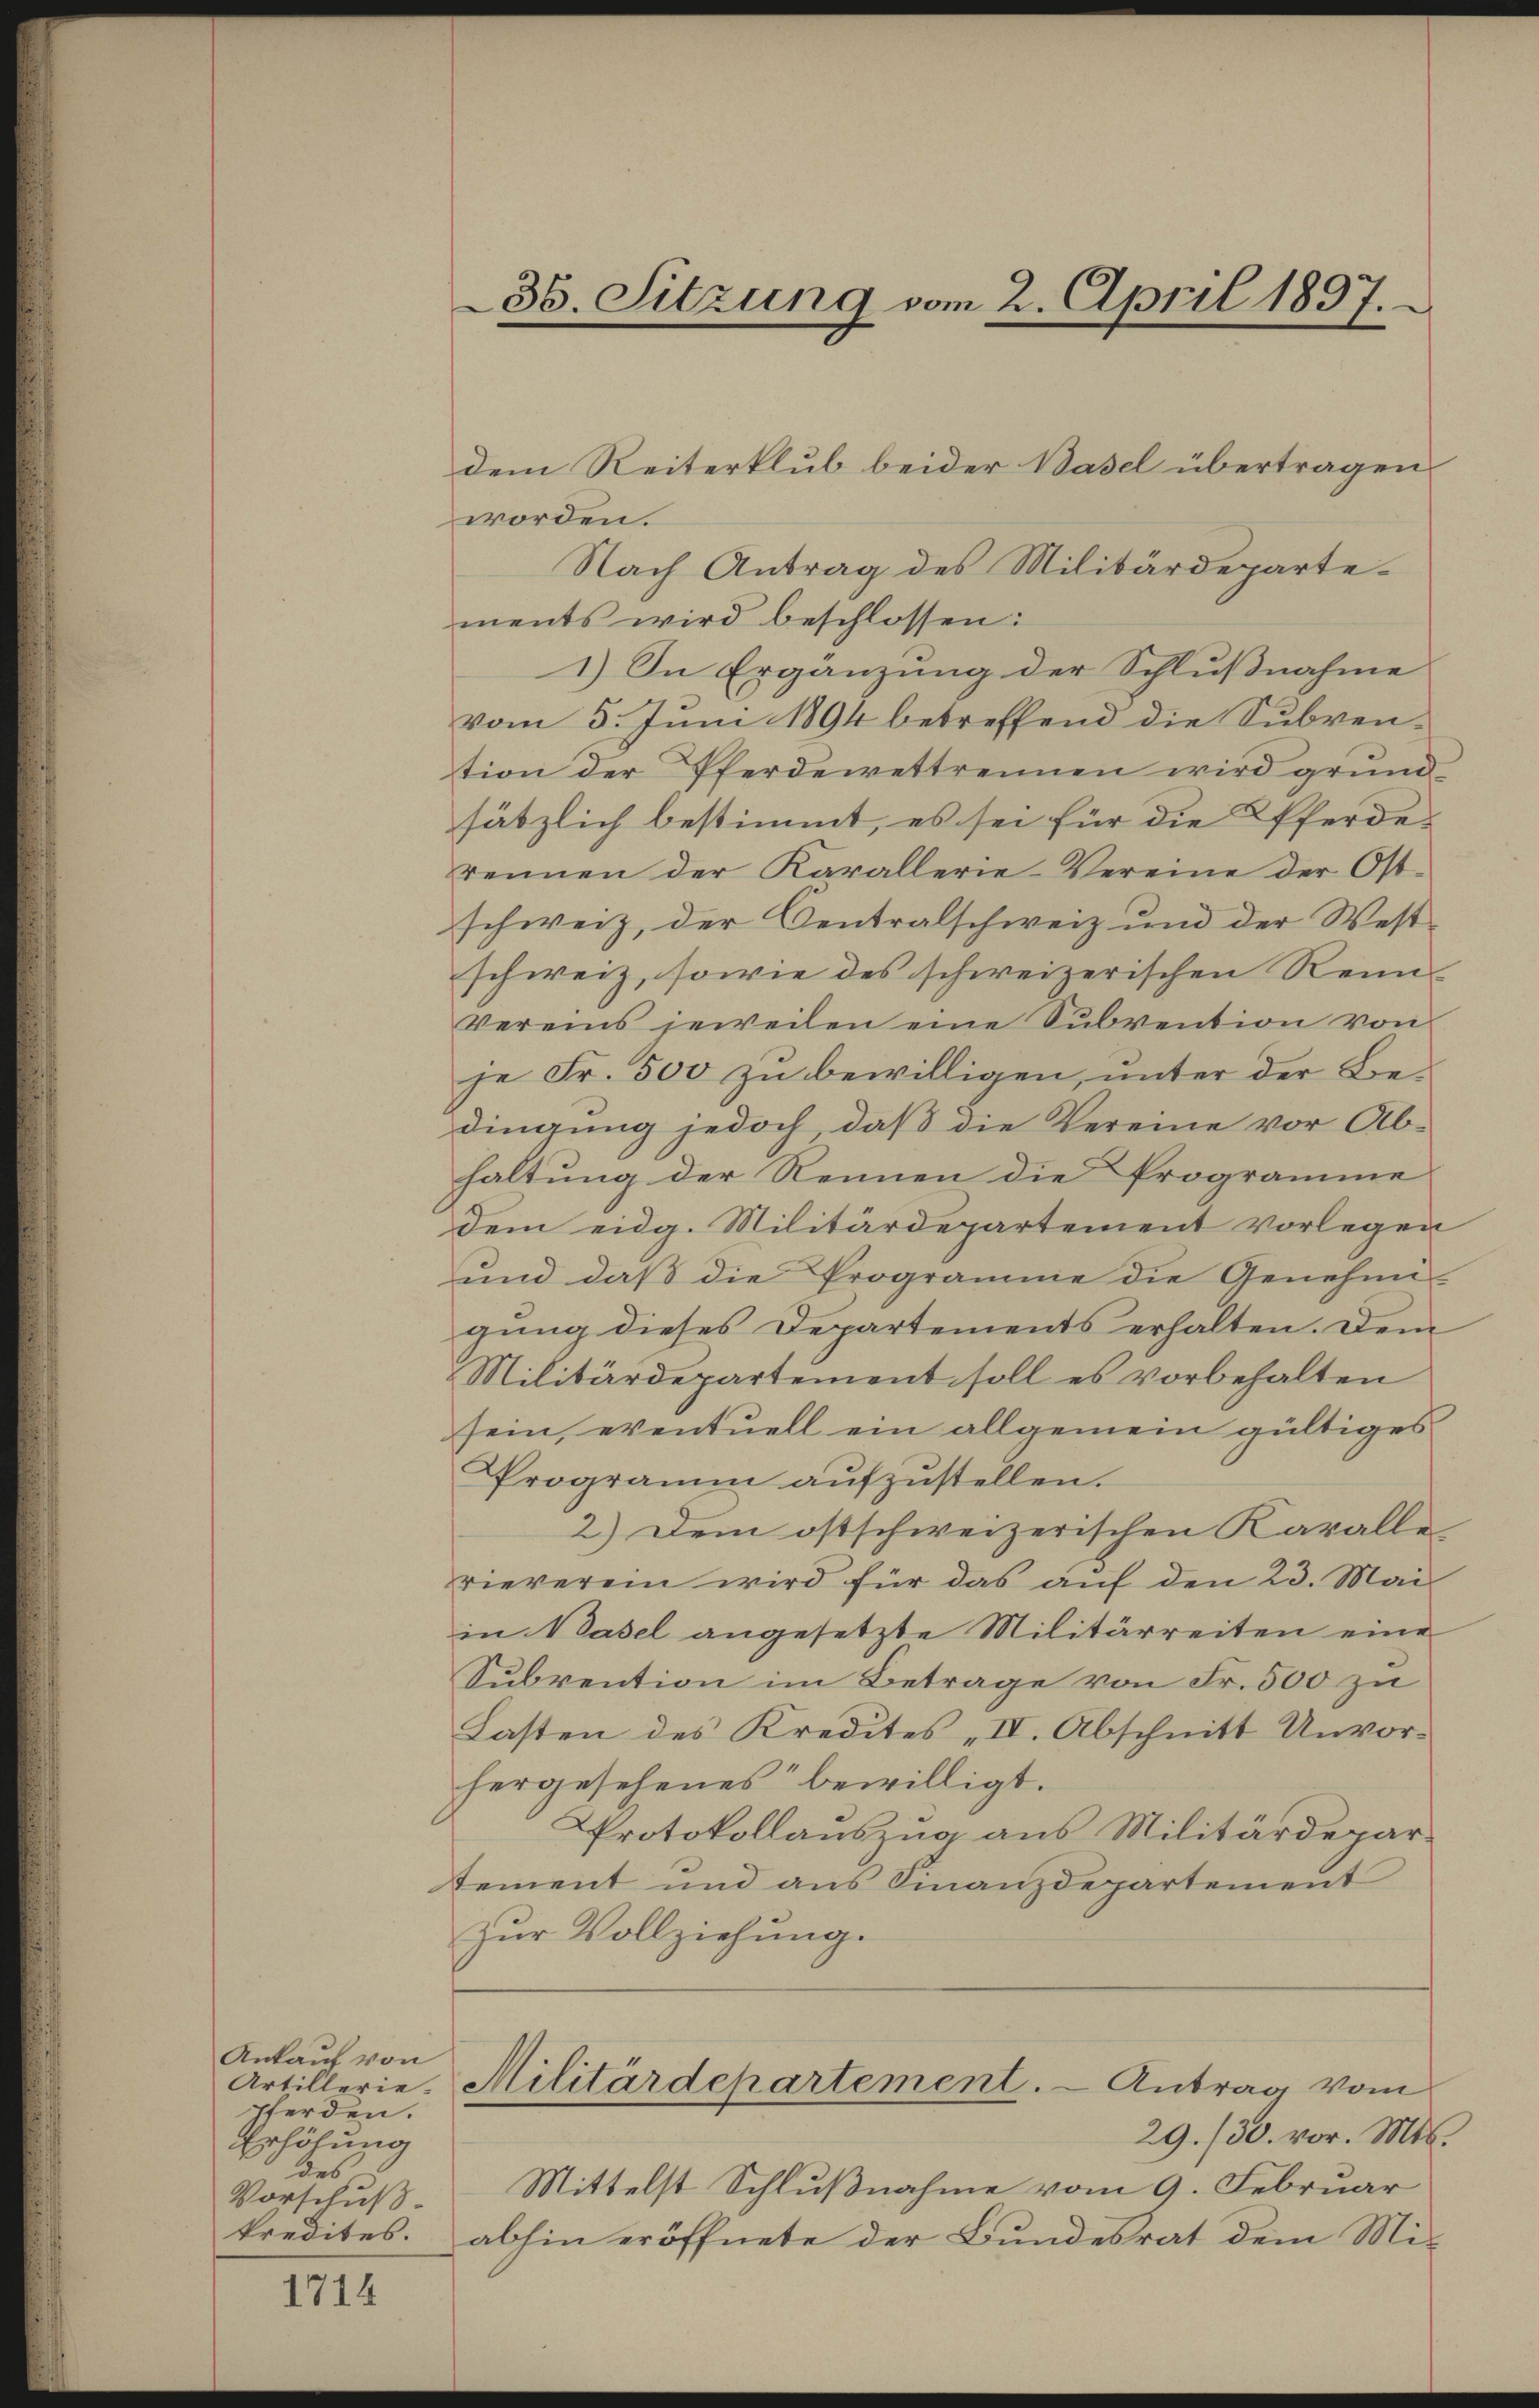
Ankauf von
werden.
Erhöhung
des
Vorschluß.
kredites.

1714

35. Sitzung vom 2. April 1897.

worden.
Nach Antrag des Militärdepartements wird beschlossen:
1) In Ergänzung der Schlußnahme
vom 5. Juni 1894 betreffend die Subven-
tion der Pferdewettrennen wird grundsätzlich bestimmt, es sei für die Pferderennen der Karallerie-Vereine der Ost-
schweiz, der Centralschweiz und der West-
schweiz, sowie des schweizerischen Rein
Vereins jeweilen eine Subvention von
je Fr. 500 zu bewilligen, unter der Bedingung jedoch, daß die Vereine vor Ab-
haltung der Rennen die Programme
dem eidg. Militärdepartement vorlegen
und daß die Programme die Genehmi-
gung dieses Departements erhalten. Dem
Militärdepartement soll es vorbehalten
sein, eventuell ein allgemein gültiges
Programm aufzustellen.
2.) Dem ostschweizerischen Karalle
rieverein wird für das auf den 23. Mai
in Basel angesetzte Militärreiten eine
Subvention im Betrage von Fr. 500 zu
Lasten des Kredites „IV. Abschnitt Unvorhergesehenes“ bewilligt.
Protokollauszug aus Militärdepartement und aus Finanzdepartement
zŭr Vollziehung.
Artillerie. Militärdepartement. - Antrag vom
29./30. vor. Mts.
Mittelst Schlußnahme vom 9. Februar
abhin eröffnete der Bundesrat dem Mi¬

dem Reiterklub beider Basel übertragen